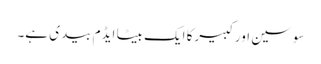
سوسین اورکبیرکا ایک بیٹا ایڈم بیدی ہے۔